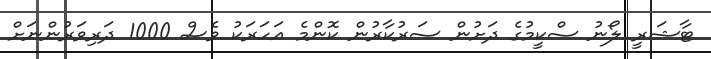
ޓާޝަރީ ލޯނު ސްކީމުގެ ދަށުން ސަރުކާރުން ކޮންމެ އަހަރަކު ވެސް 1000 ދަރިވަރުންނަށް